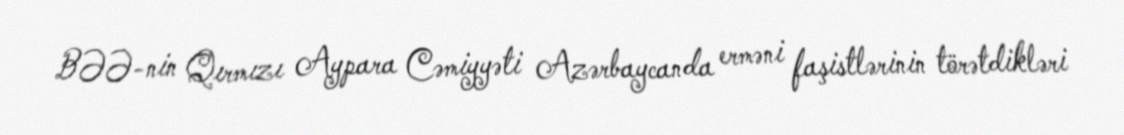
BƏƏ-nin Qırmızı Aypara Cəmiyyəti Azərbaycanda erməni faşistlərinin törətdikləri